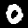
Label: 0